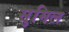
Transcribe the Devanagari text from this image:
सुमिल